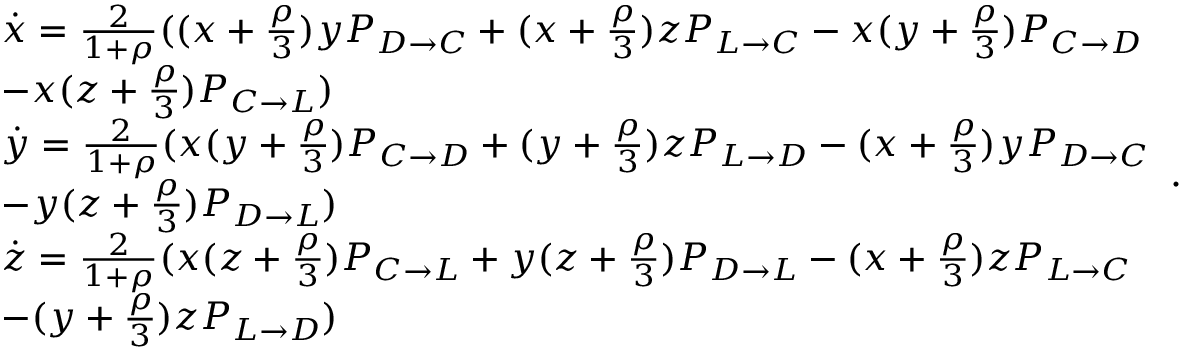
\begin{array} { l } { \dot { x } = \frac { 2 } { 1 + \rho } ( ( x + \frac { \rho } { 3 } ) y P _ { D \to C } + ( x + \frac { \rho } { 3 } ) z P _ { L \to C } - x ( y + \frac { \rho } { 3 } ) P _ { C \to D } } \\ { - x ( z + \frac { \rho } { 3 } ) P _ { C \to L } ) } \\ { \dot { y } = \frac { 2 } { 1 + \rho } ( x ( y + \frac { \rho } { 3 } ) P _ { C \to D } + ( y + \frac { \rho } { 3 } ) z P _ { L \to D } - ( x + \frac { \rho } { 3 } ) y P _ { D \to C } } \\ { - y ( z + \frac { \rho } { 3 } ) P _ { D \to L } ) } \\ { \dot { z } = \frac { 2 } { 1 + \rho } ( x ( z + \frac { \rho } { 3 } ) P _ { C \to L } + y ( z + \frac { \rho } { 3 } ) P _ { D \to L } - ( x + \frac { \rho } { 3 } ) z P _ { L \to C } } \\ { - ( y + \frac { \rho } { 3 } ) z P _ { L \to D } ) } \end{array} .